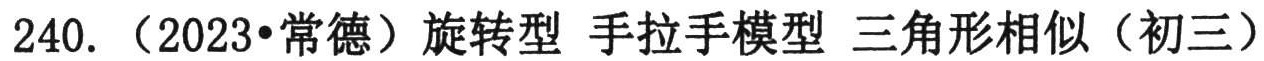
240.（2023•常德）旋转型 手拉手模型 三角形相似（初三）